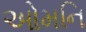
ઓમનિ